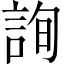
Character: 詢